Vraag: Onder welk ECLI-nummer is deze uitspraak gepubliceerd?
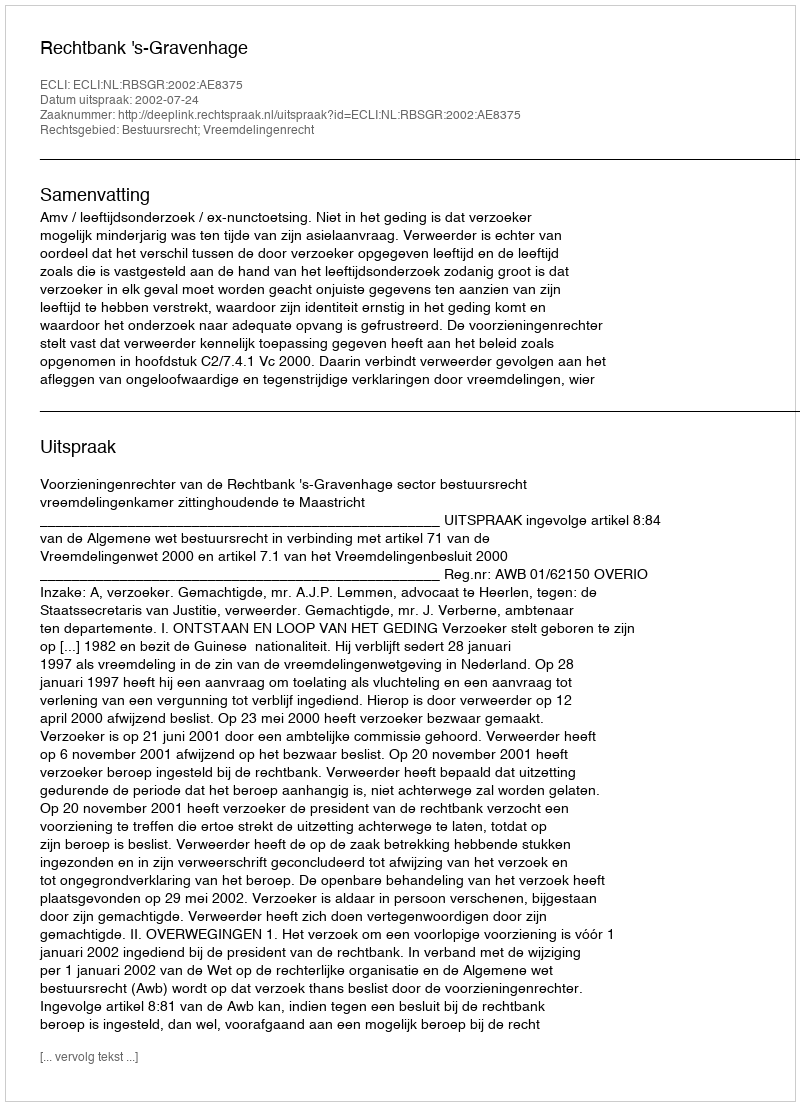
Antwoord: ECLI:NL:RBSGR:2002:AE8375